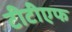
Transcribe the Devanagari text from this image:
टीटीएफ